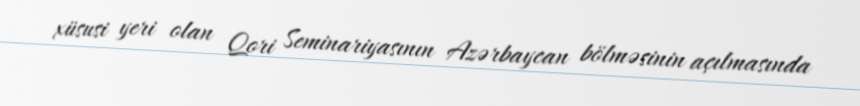
xüsusi yeri olan Qori Seminariyasının Azərbaycan bölməsinin açılmasında